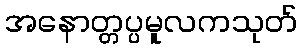
အနောတ္တပ္ပမူလကသုတ်